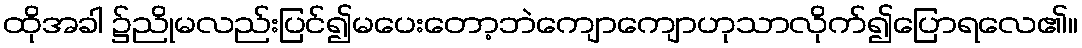
ထိုအခါ ၌ညိုမလည်းပြင်၍မပေးတော့ဘဲကျောကျောဟုသာလိုက်၍ပြောရလေ၏။